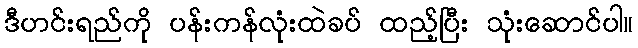
ဒီဟင်းရည်ကို ပန်းကန်လုံးထဲခပ် ထည့်ပြီး သုံးဆောင်ပါ။